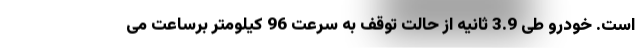
است. خودرو طی 3.9 ثانیه از حالت توقف به سرعت 96 کیلومتر برساعت می